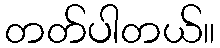
တတ်ပါတယ်။